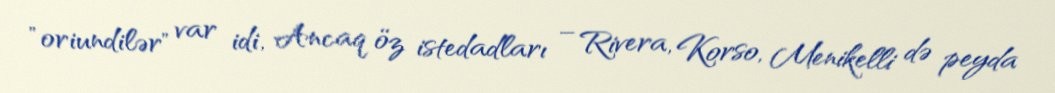
"oriundilər" var idi, Ancaq öz istedadları – Rivera, Korso, Menikelli də peyda